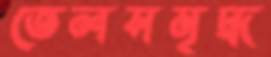
তেলসমৃদ্ধ